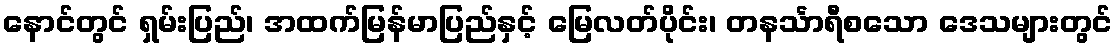
နောင်တွင် ရှမ်းပြည်၊ အထက်မြန်မာပြည်နှင့် မြေလတ်ပိုင်း၊ တနင်္သာရီစသော ဒေသများတွင်